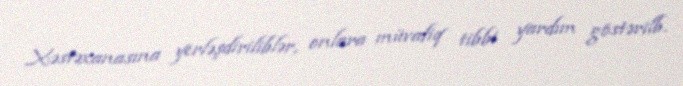
Xəstəxanasına yerləşdiriliblər, onlara müvafiq tibbi yardım göstərilb.